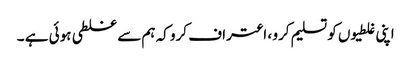
اپنی غلطیوں کو تسلیم کرو ، اعتراف کرو کہ ہم سے غلطی ہوئی ہے ۔